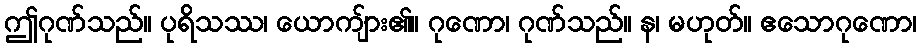
ဤဂုဏ်သည်။ ပုရိသဿ၊ ယောကျ်ား၏။ ဂုဏော၊ ဂုဏ်သည်။ န၊ မဟုတ်။ ဧသောဂုဏော၊